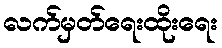
လက်မှတ်ရေးထိုးရေး